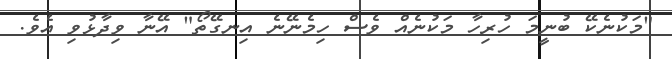
"މަކުނެކޭ ބުނީމަ ހުރިހާ މަކުނެއް ވެސް ހިމެނޭނެ އިނގޭތޯ" އޭނާ ވިދާޅުވި އެވެ.